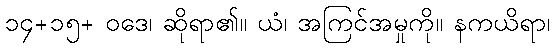
၁၄+၁၅+ ဝဒေ၊ ဆိုရာ၏။ ယံ၊ အကြင်အမှုကို။ နကယိရာ၊